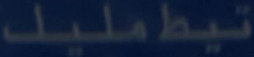
تَيْطِ مُل